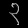
Digit: ၃